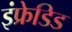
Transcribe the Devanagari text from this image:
इंफ्रेडिड